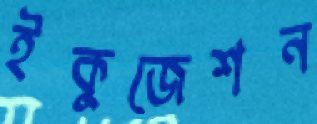
ইকুজেশন